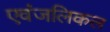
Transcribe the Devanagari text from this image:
एवंजलिकल